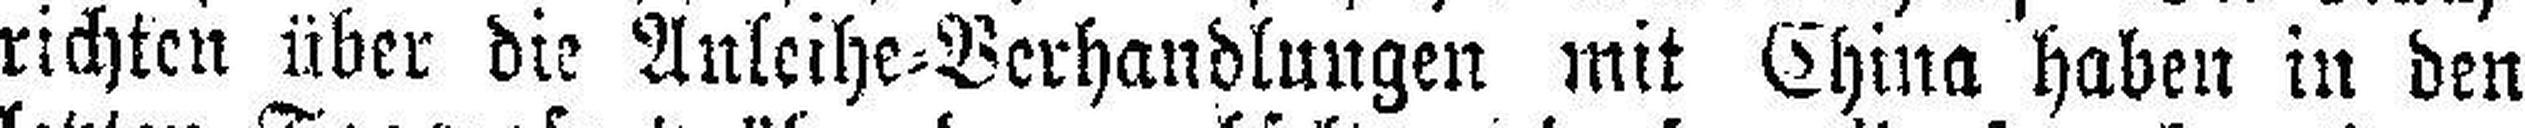
richten über die Anleihe=Verhandlungen mit China haben in den